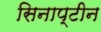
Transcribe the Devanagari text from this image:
सिनाप्टीन